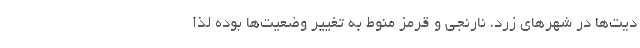
دیت‌ها در شهرهای زرد، نارنجی و قرمز منوط به تغییر وضعیت‌ها بوده لذا